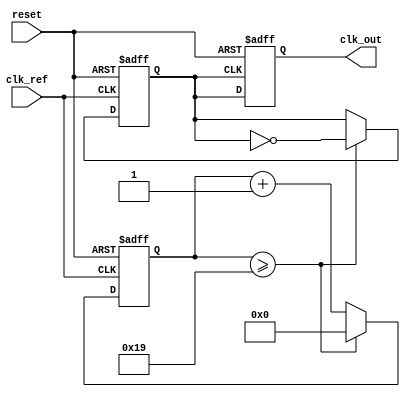
module PLL (
    input wire clk_ref,          // Reference clock input
    input wire reset,            // Asynchronous reset
    output reg clk_out           // Output clock
);

    // Parameters
    parameter integer DIV_FACTOR = 4; // Frequency divider factor
    parameter integer VCO_MAX_FREQ = 100; // Max VCO frequency in MHz
    parameter integer VCO_MIN_FREQ = 10;  // Min VCO frequency in MHz

    // Internal signals
    reg [3:0] phase_error; // Phase error signal from PD
    reg [7:0] control_voltage; // Control voltage for VCO
    reg [7:0] vco_freq; // Current VCO frequency
    reg [31:0] counter; // Counter for generating clk_out
    reg clk_div; // Divided clock for feedback

    // Phase Detector (PD)
    always @(posedge clk_ref or posedge reset) begin
        if (reset) begin
            phase_error <= 0;
        end else begin
            // Simple phase detector logic (for illustration)
            // Here, you would implement a more sophisticated PD
            phase_error <= (clk_ref == clk_div) ? 1 : 0; // Example logic
        end
    end

    // Loop Filter (LF)
    always @(posedge clk_ref or posedge reset) begin
        if (reset) begin
            control_voltage <= 0;
        end else begin
            // Simple first-order filter (for illustration)
            control_voltage <= control_voltage + phase_error; // Integrate phase error
        end
    end

    // Voltage-Controlled Oscillator (VCO)
    always @(posedge clk_ref or posedge reset) begin
        if (reset) begin
            vco_freq <= VCO_MIN_FREQ; // Start at minimum frequency
        end else begin
            // Adjust VCO frequency based on control voltage
            if (control_voltage > 128) begin
                vco_freq <= VCO_MAX_FREQ; // Max frequency
            end else begin
                vco_freq <= VCO_MIN_FREQ + (control_voltage * (VCO_MAX_FREQ - VCO_MIN_FREQ) / 255);
            end
        end
    end

    // Frequency Divider
    always @(posedge clk_ref or posedge reset) begin
        if (reset) begin
            counter <= 0;
            clk_div <= 0;
        end else begin
            if (counter >= (VCO_MAX_FREQ / DIV_FACTOR)) begin
                clk_div <= ~clk_div; // Toggle divided clock
                counter <= 0; // Reset counter
            end else begin
                counter <= counter + 1; // Increment counter
            end
        end
    end

    // Output Buffer
    always @(posedge clk_div or posedge reset) begin
        if (reset) begin
            clk_out <= 0;
        end else begin
            clk_out <= clk_div; // Drive output clock
        end
    end

endmodule